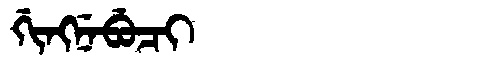
Manchu: ᡤᡳᠩᠨᡝᠪᡠᠴᡳ
Romanization: GINGNEBUCI